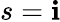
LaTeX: s=\mathbf{i}